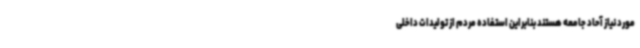
مورد نیاز آحاد جامعه هستند بنابراین استفاده مردم از تولیدات داخلی